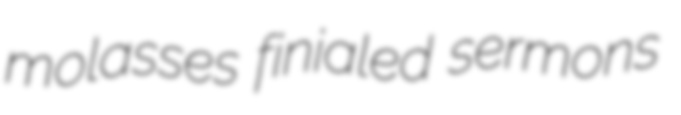
molasses finialed sermons